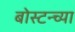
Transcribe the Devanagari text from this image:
बोस्टन्च्या